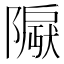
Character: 𬯛